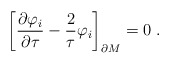
\begin{align*}\biggr[{\partial \varphi_{i}\over \partial \tau}-{2\over \tau}\varphi_{i}\biggr]_{\partial M}=0 \; .\end{align*}